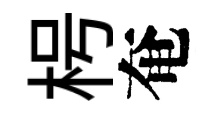
枵奄